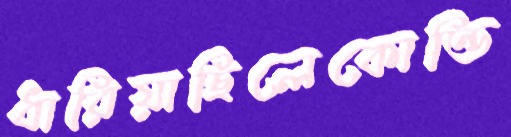
ধারিয়াছিলেকোন্ডি